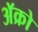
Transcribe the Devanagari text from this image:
अॅक्रो